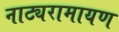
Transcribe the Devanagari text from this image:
नाट्यरामायण